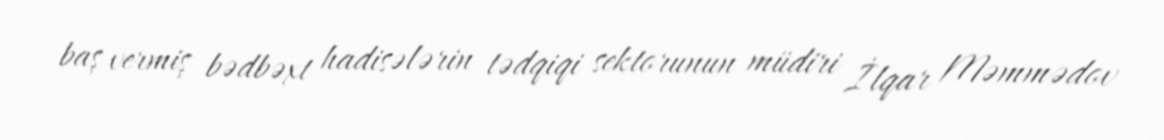
baş vermiş bədbəxt hadisələrin tədqiqi sektorunun müdiri İlqar Məmmədov